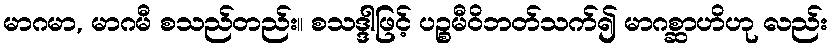
မာဂမာ, မာဂမီ စသည်တည်း။ စသဒ္ဒါဖြင့် ပဉ္စမီဝိဘတ်သက်၍ မာဂစ္ဆာဟိဟု လည်း